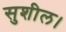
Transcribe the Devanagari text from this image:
सुशील।